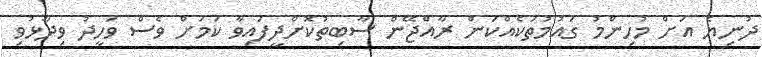
ދުނިޔެ އަށް މުހިންމު ގައުމުތަކެއްކަން ރާއްޖޭން ސާބިތުކޮށްދީފައިވާ ކަމަށް ވެސް ވަހީދު ވިދާޅުވި